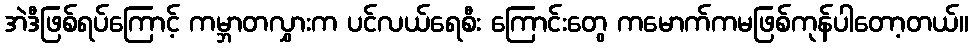
အဲဒီဖြစ်ရပ်ကြောင့် ကမ္ဘာတလွှားက ပင်လယ်ရေစီး ကြောင်းတွေ ကမောက်ကမဖြစ်ကုန်ပါတော့တယ်။